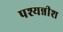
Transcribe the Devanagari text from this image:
पश्यन्नीश